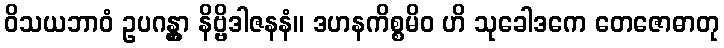
ဝိသယဘာဝံ ဥပဂန္တွာ နိဗ္ဗိဒါဇနနံ။ ဒဟနကိစ္စမိဝ ဟိ သုခေါဒကေ တေဇောဓာတု